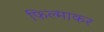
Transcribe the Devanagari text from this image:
फिल्माकर